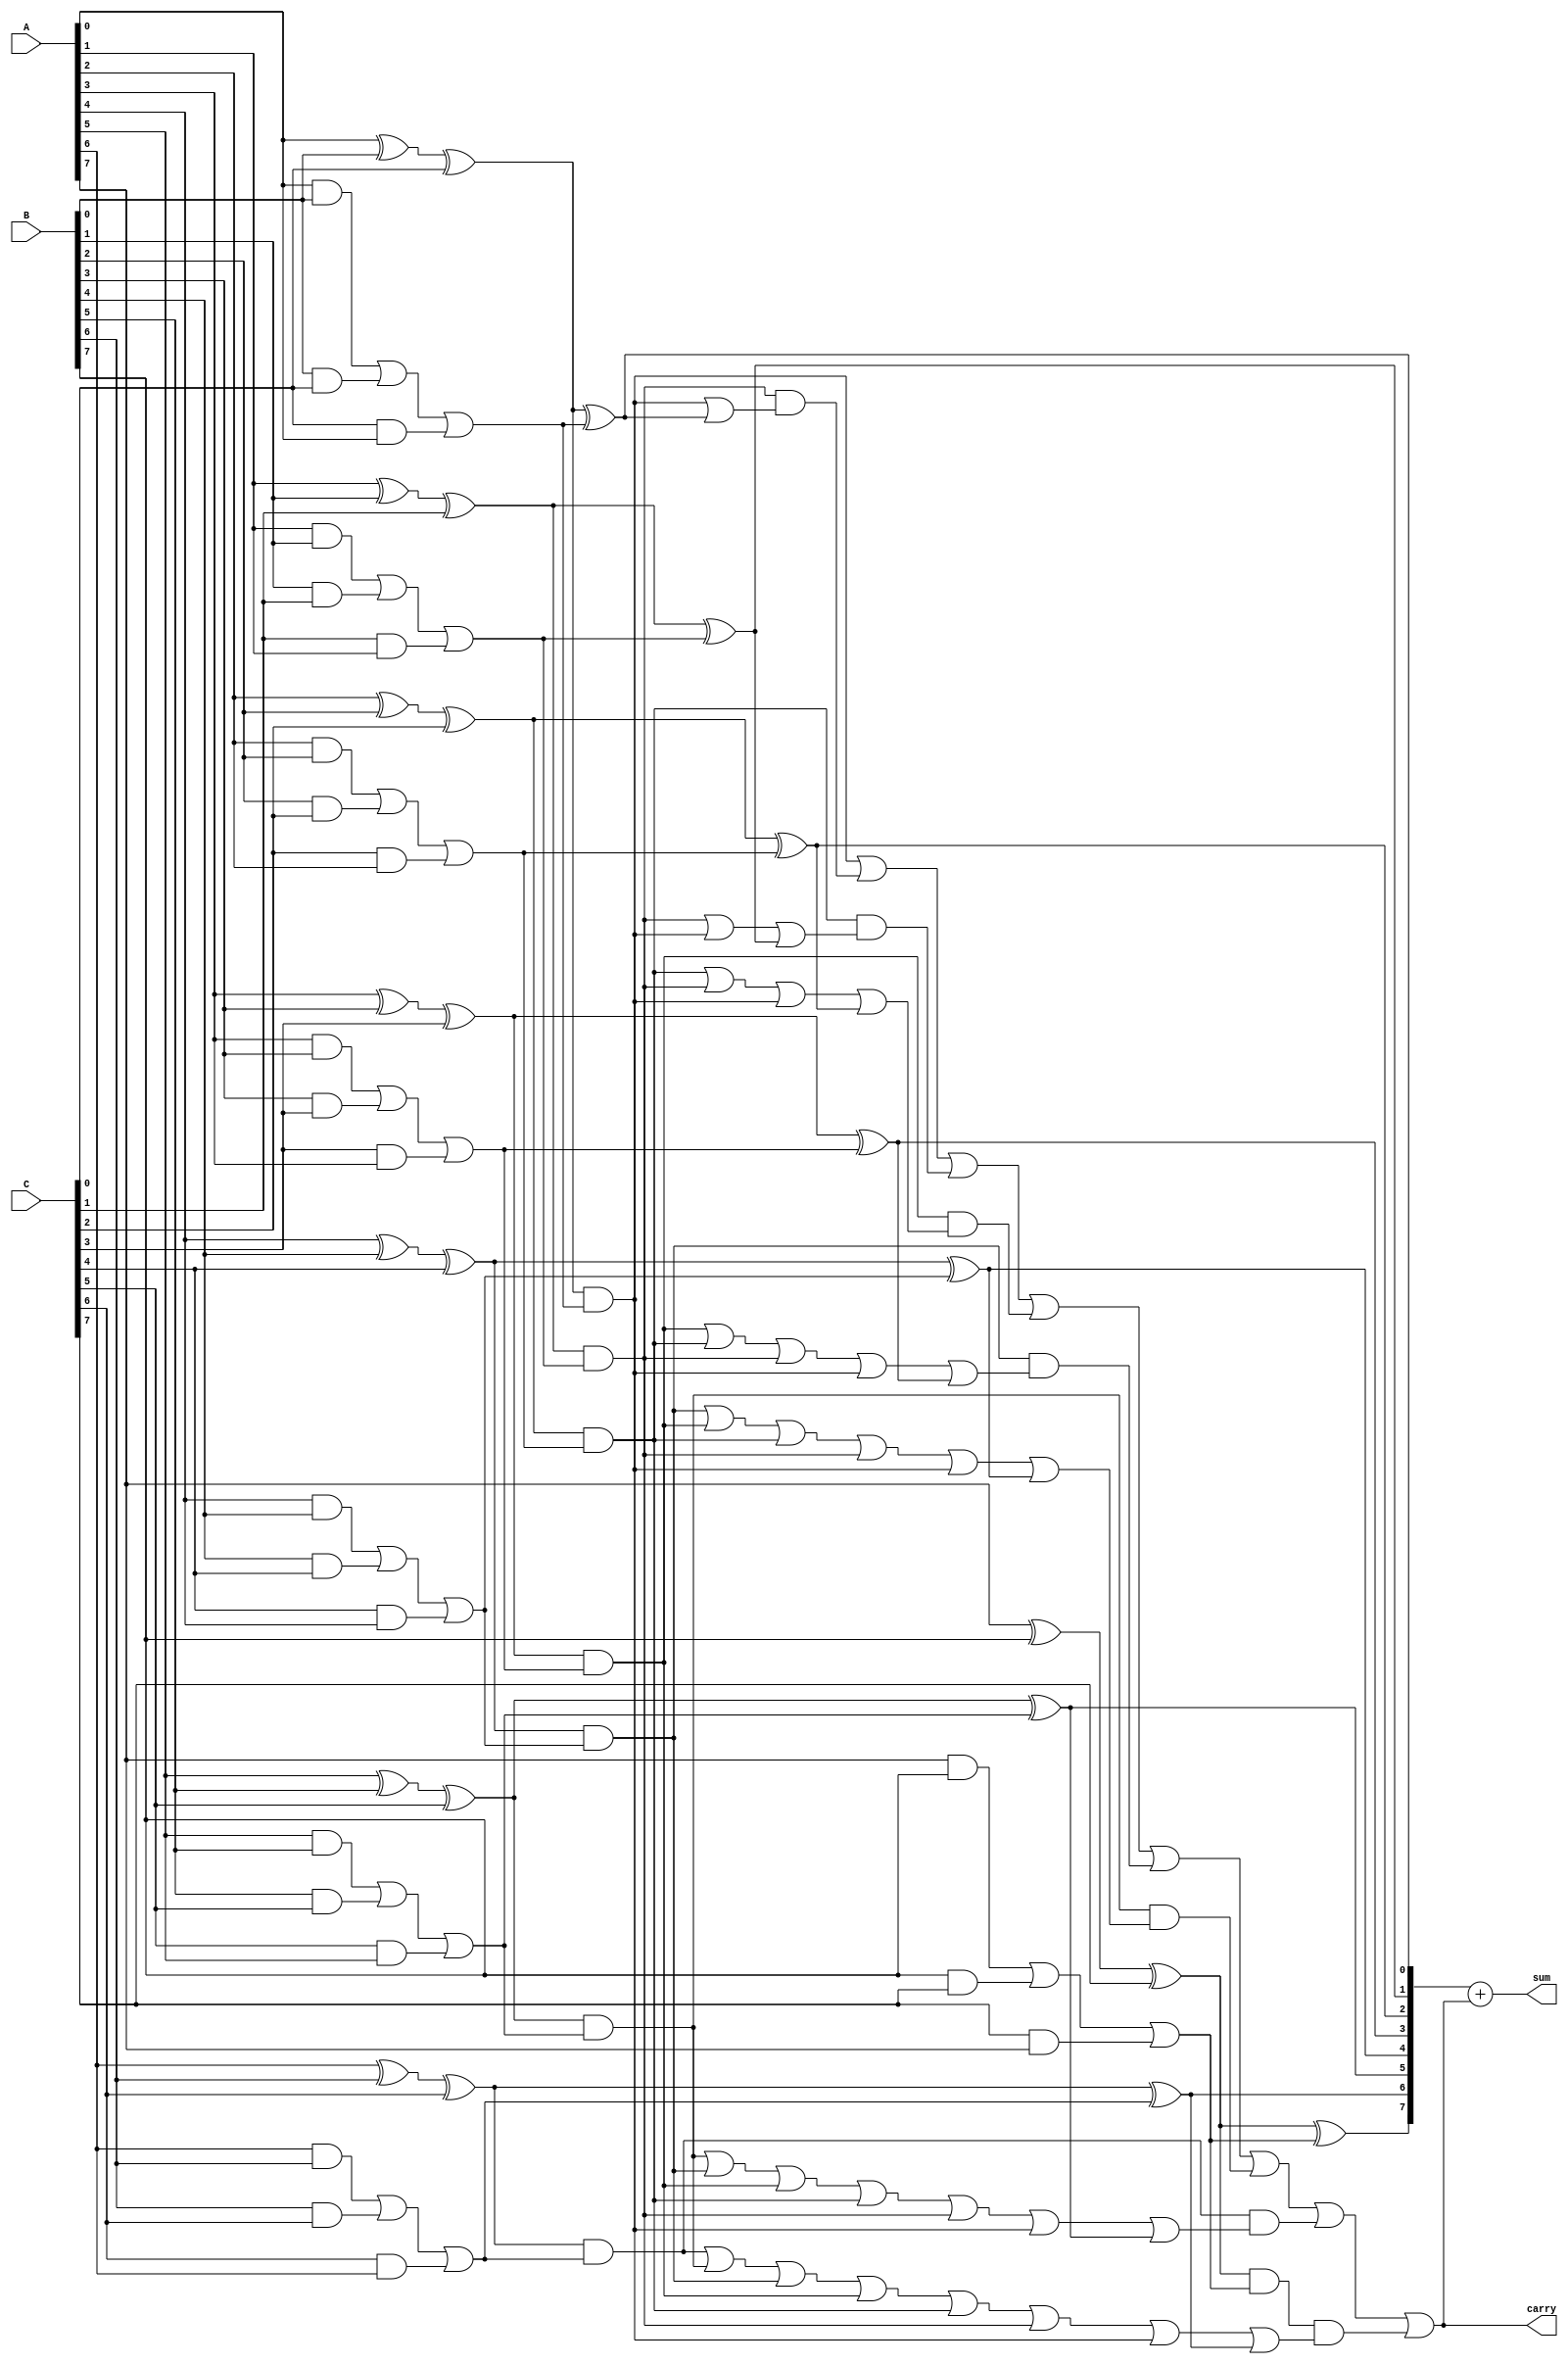
module carry_save_adder(
    input [7:0] A,    // First input
    input [7:0] B,    // Second input
    input [7:0] C,    // Third input
    output [8:0] sum, // Final sum output (9 bits to handle carry)
    output carry      // Final carry output
);

// Internal wires for sum and carry outputs of the full adders
wire [7:0] sum1, sum2;
wire [7:0] carry1, carry2;

// Full Adder Instances
generate
    genvar i;
    for (i = 0; i < 8; i = i + 1) begin : full_adder
        // Full Adder logic: 
        assign sum1[i] = A[i] ^ B[i] ^ C[i];            // Sum output
        assign carry1[i] = (A[i] & B[i]) | (B[i] & C[i]) | (C[i] & A[i]); // Carry output
    end
endgenerate

// Reduction Tree for Carry and Sum outputs
wire [7:0] final_sum;
wire [7:0] final_carry;

// Second stage of carry save addition
generate
    for (i = 0; i < 8; i = i + 1) begin : reduction_tree
        assign final_sum[i] = sum1[i] ^ carry1[i];  // Sum of intermediate sum and carry
        assign final_carry[i] = sum1[i] & carry1[i]; // Carry of intermediate sum and carry
    end
endgenerate

// Final carry computation 
assign carry = final_carry[0] | 
               (final_carry[1] & (final_carry[0] | final_sum[0])) |
               (final_carry[2] & (final_carry[1] | final_carry[0] | final_sum[1])) |
               (final_carry[3] & (final_carry[2] | final_carry[1] | final_carry[0] | final_sum[2])) |
               (final_carry[4] & (final_carry[3] | final_carry[2] | final_carry[1] | final_carry[0] | final_sum[3])) |
               (final_carry[5] & (final_carry[4] | final_carry[3] | final_carry[2] | final_carry[1] | final_carry[0] | final_sum[4])) |
               (final_carry[6] & (final_carry[5] | final_carry[4] | final_carry[3] | final_carry[2] | final_carry[1] | final_carry[0] | final_sum[5])) |
               (final_carry[7] & (final_carry[6] | final_carry[5] | final_carry[4] | final_carry[3] | final_carry[2] | final_carry[1] | final_carry[0] | final_sum[6]));

// Final sum output
assign sum = final_sum + carry;

endmodule